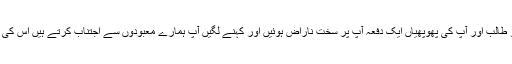
حضرت اُمِّ اَیْمَن کہتی ہیں کہ میں نے دیکھا ابو طالب اور آپؐ کی پھوپھیاں ایک دفعہ آپ پر سخت ناراض ہوئیں اور کہنے لگیں آپ ہمارے معبودوں سے اجتناب کرتے ہیں اس کی وجہ سے آپؐ کے بارے میں ہمیں ڈر رہتا ہے۔